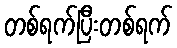
တစ်ရက်ပြီးတစ်ရက်